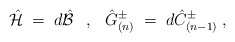
\begin{align*} \hat{\mathcal{H}}\;=\; d\hat{\mathcal{B}}\hspace{.3cm},\hspace{.3cm} \hat{G}_{(n)}^{\pm}\;=\; d\hat{C}_{(n-1)}^{\pm} \; ,\end{align*}